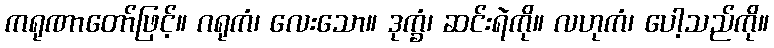
ကရုဏာတော်ဖြင့်။ ဂရုကံ၊ လေးသော။ ဒုက္ခံ၊ ဆင်းရဲကို။ လဟုကံ၊ ပေါ့သည်ကို။